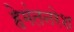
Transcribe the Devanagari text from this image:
हेमंतनरेश